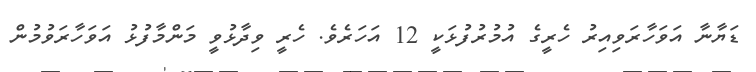
ޑަޔާނާ އަވަހާރަވިއިރު ހެރީގެ އުމުރުފުޅަކީ 12 އަހަރެވެ. ހެރީ ވިދާޅުވީ މަންމާފުޅު އަވަހާރަވުމުން